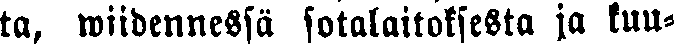
ta, wiidennessä sotalaitoksesta ja kuu-